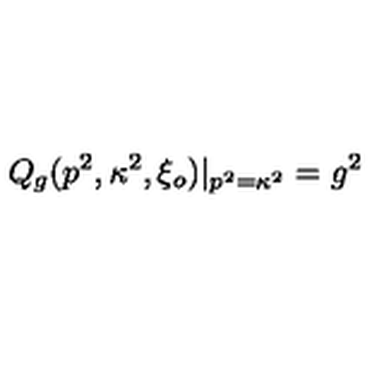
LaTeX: Q _ { g } ( p ^ { 2 } , \kappa ^ { 2 } , \xi _ { o } ) | _ { p ^ { 2 } = \kappa ^ { 2 } } = g ^ { 2 }